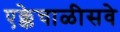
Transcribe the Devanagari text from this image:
एक्केचाळीसवे